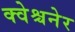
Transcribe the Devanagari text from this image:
क्वेश्चनेर